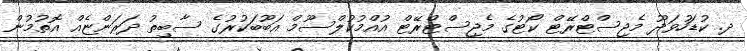
ދ. ކުޑަހުވަދޫ މެޖިސްޓްރޭޓް ކޯޓުގެ މެޖިސްޓްރޭޓް އުއްމުކުލްސޫމް އަބޫބަކުރުގެ ސާބިތު ދަރަންޏެއް އޮތުމުން